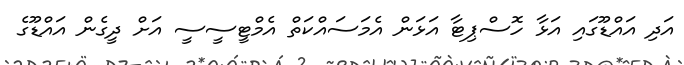
އަދި އައްޑޫގައި އަޅާ ހޮސްޕިޓާ އަޅަން އެމަސައްކަތް އެމްޓީސީސީ އަށް ދީގެން އައްޑޫގެ